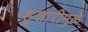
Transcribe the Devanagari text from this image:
हुशारीमुळे